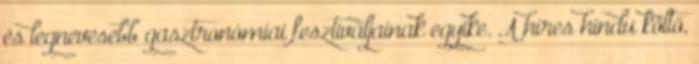
és legnevesebb gasztronómiai fesztiváljainak egyike. A híres hindu költő,